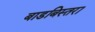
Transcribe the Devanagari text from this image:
बाडबिस्तरा